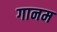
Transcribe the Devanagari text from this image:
गानम